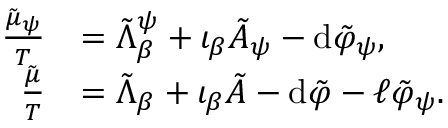
\begin{array} { r l } { \frac { \tilde { \mu } _ { \psi } } { T } } & { = \tilde { \Lambda } _ { \beta } ^ { \psi } + \iota _ { \beta } \tilde { A } _ { \psi } - \mathrm { d } \tilde { \varphi } _ { \psi } , } \\ { \frac { \tilde { \mu } } { T } } & { = \tilde { \Lambda } _ { \beta } + \iota _ { \beta } \tilde { A } - \mathrm { d } \tilde { \varphi } - \ell \tilde { \varphi } _ { \psi } . } \end{array}